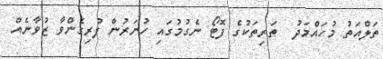
ތަލްއަތު މުހައްމަދު  ތަރިތަކުގެ ފޮޓޯ ނެގުމުގައި ހުނަރުން ފުރިގެންވާ ޒުވާނެއް